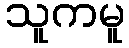
သူကမူ